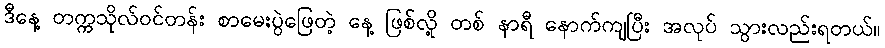
ဒီနေ့ တက္ကသိုလ်ဝင်တန်း စာမေးပွဲဖြေတဲ့ နေ့ ဖြစ်လို့ တစ် နာရီ နောက်ကျပြီး အလုပ် သွားလည်းရတယ်။